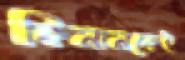
কিনানকেই